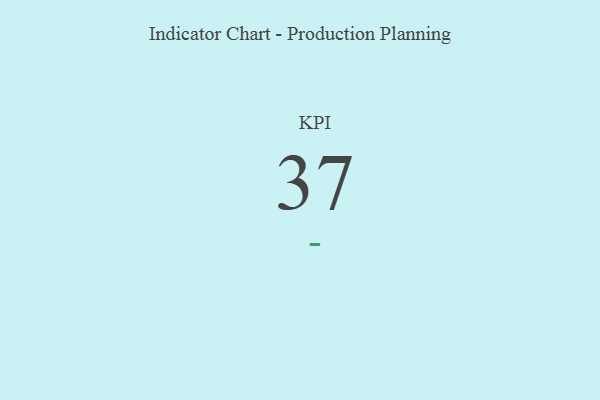
{"axis": {"x": "KPI", "y": "Value"}, "legend": [""], "data": [{"x": "KPI", "y": 37, "type": ""}]}